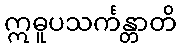
ဣဓူပသင်္ကန္တာတိ